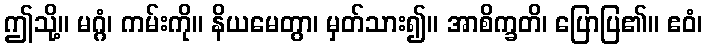
ဤသို့။ မဂ္ဂံ၊ ကမ်းကို။ နိယမေတွာ၊ မှတ်သား၍။ အာစိက္ခတိ၊ ပြောပြ၏။ ဧဝံ၊